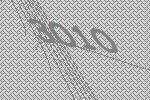
3010